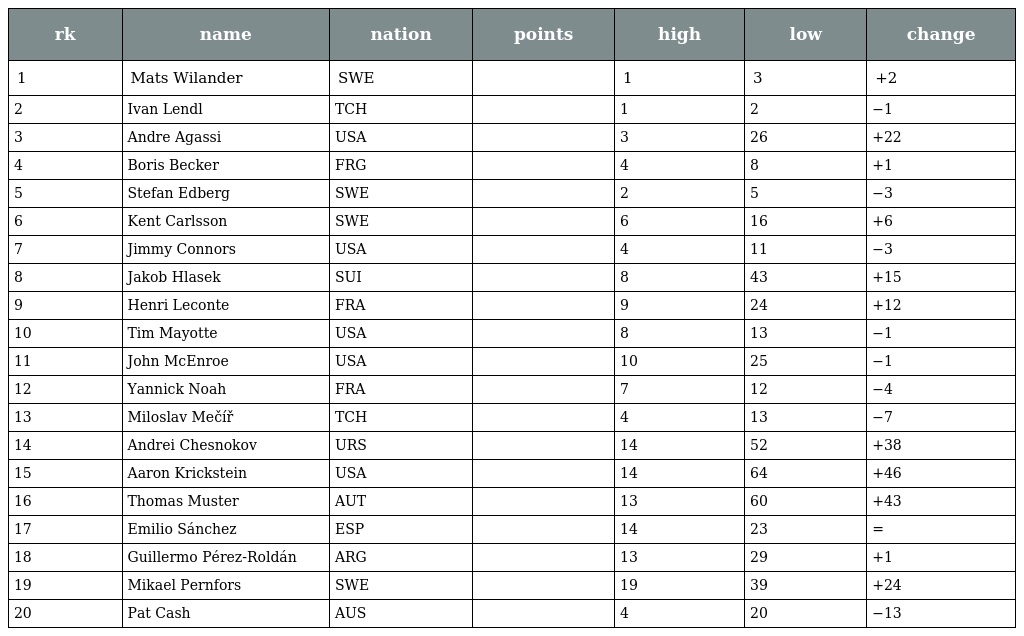
| rk | name | nation | points | high | low | change |
 | --- | --- | --- | --- | --- | --- | --- |
 | 1 | Mats Wilander | SWE |  | 1 | 3 | +2 |
 | 2 | Ivan Lendl | TCH |  | 1 | 2 | −1 |
 | 3 | Andre Agassi | USA |  | 3 | 26 | +22 |
 | 4 | Boris Becker | FRG |  | 4 | 8 | +1 |
 | 5 | Stefan Edberg | SWE |  | 2 | 5 | −3 |
 | 6 | Kent Carlsson | SWE |  | 6 | 16 | +6 |
 | 7 | Jimmy Connors | USA |  | 4 | 11 | −3 |
 | 8 | Jakob Hlasek | SUI |  | 8 | 43 | +15 |
 | 9 | Henri Leconte | FRA |  | 9 | 24 | +12 |
 | 10 | Tim Mayotte | USA |  | 8 | 13 | −1 |
 | 11 | John McEnroe | USA |  | 10 | 25 | −1 |
 | 12 | Yannick Noah | FRA |  | 7 | 12 | −4 |
 | 13 | Miloslav Mečíř | TCH |  | 4 | 13 | −7 |
 | 14 | Andrei Chesnokov | URS |  | 14 | 52 | +38 |
 | 15 | Aaron Krickstein | USA |  | 14 | 64 | +46 |
 | 16 | Thomas Muster | AUT |  | 13 | 60 | +43 |
 | 17 | Emilio Sánchez | ESP |  | 14 | 23 | = |
 | 18 | Guillermo Pérez-Roldán | ARG |  | 13 | 29 | +1 |
 | 19 | Mikael Pernfors | SWE |  | 19 | 39 | +24 |
 | 20 | Pat Cash | AUS |  | 4 | 20 | −13 |